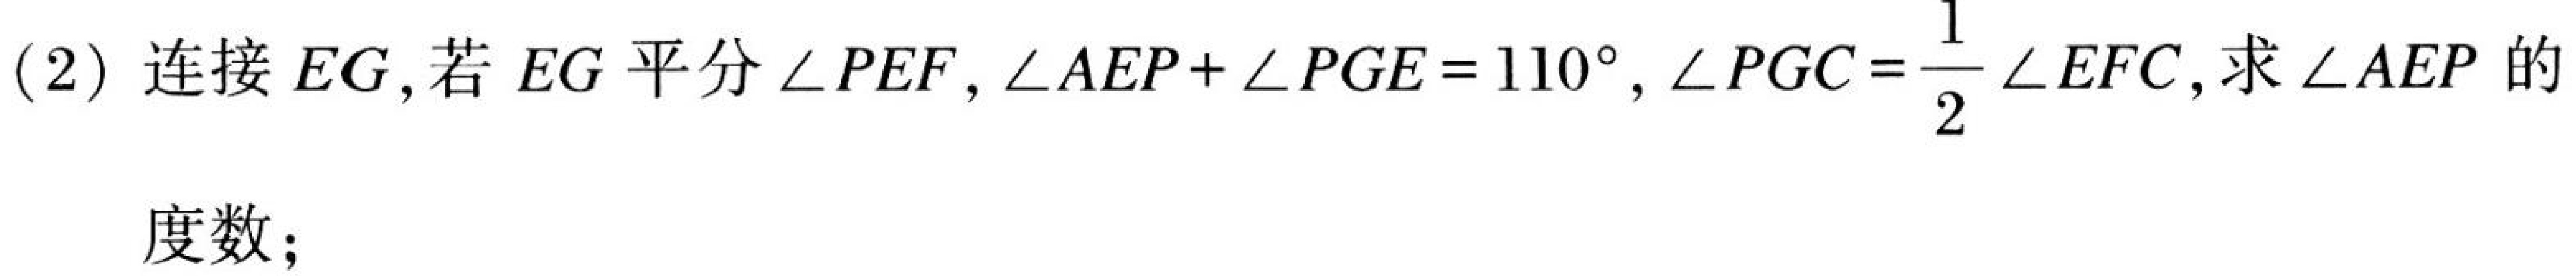
(2) 连接 \(EG\)，若 \(EG\) 平分 \(\angle PEF\)，\(\angle AEP+\angle PGE = 110^{\circ}\)，\(\angle PGC=\frac{1}{2}\angle EFC\)，求\(\angle AEP\)的
度数；